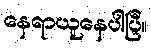
နေရာယူနေပါပြီ။